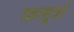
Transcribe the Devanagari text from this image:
रक्षासूत्रों